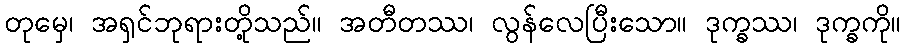
တုမှေ၊ အရှင်ဘုရားတို့သည်။ အတီတဿ၊ လွန်လေပြီးသော။ ဒုက္ခဿ၊ ဒုက္ခကို။